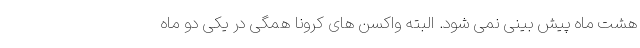
هشت ماه پیش بینی نمی شود. البته واکسن های کرونا همگی در یکی دو ماه